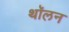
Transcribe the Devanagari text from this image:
थॉलन